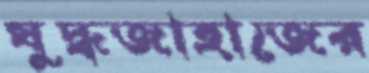
যুদ্ধজাহাজের